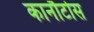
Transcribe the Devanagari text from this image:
कानौटोस